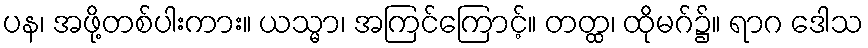
ပန၊ အဖို့တစ်ပါးကား။ ယသ္မာ၊ အကြင်ကြောင့်။ တတ္ထ၊ ထိုမဂ်၌။ ရာဂ ဒေါသ